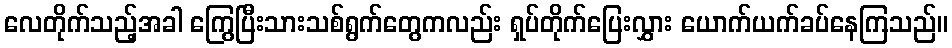
လေတိုက်သည့်အခါ ကြွေပြီးသားသစ်ရွက်တွေကလည်း ရှပ်တိုက်ပြေးလွှား ယောက်ယက်ခပ်နေကြသည်။